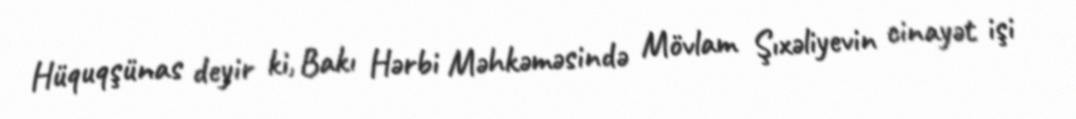
Hüquqşünas deyir ki, Bakı Hərbi Məhkəməsində Mövlam Şıxəliyevin cinayət işi